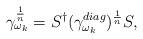
\begin{align*}\gamma_{\omega_{k}}^{\frac{1}{n}}= S^{\dagger}(\gamma_{\omega_{k}}^{diag})^{\frac{1}{n}}S,\end{align*}